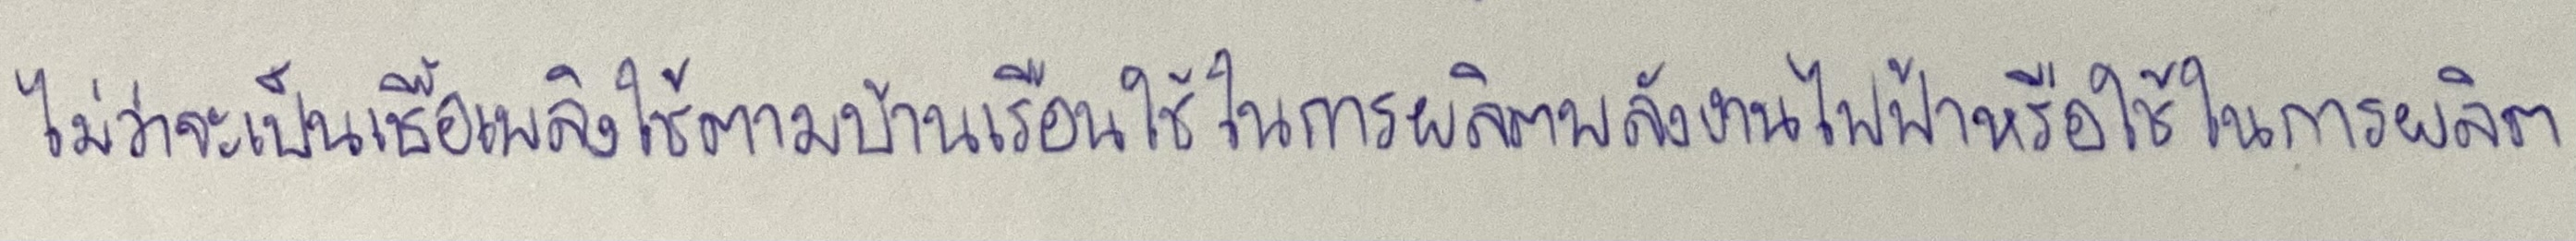
ไม่ว่าจะเป็นเชื้อเพลิงใช้ตามบ้านเรือนใช้ในการผลิตพลังงานไฟฟ้าหรือใช้ในการผลิต